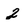
Character: 2